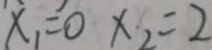
x _ { 1 } = 0 x _ { 2 } = 2